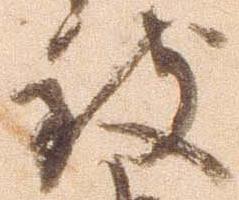
致